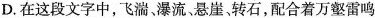
D.在这段文字中，飞湍、瀑流、悬崖、转石，配合着万壑雷鸣